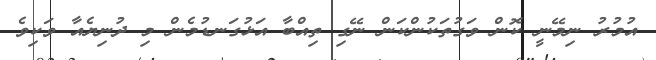
އުމުރު ނިމޭނީ ކޮން ވަގުތަކުންކަން ނޭގި ތިއްބާ އަޅުގަނޑުމެން މި ދުނިޔެއާ ވަކިވެ